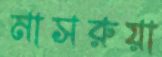
মাসরুয়া